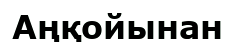
Аңқойынан